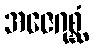
အဇေဂုစ္ဆံ